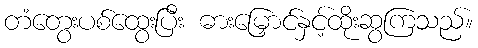
တံတွေးပစ်ထွေးပြီး ဓားမြှောင်နှင့်ထိုးဆွကြသည်။